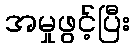
အမှုဖွင့်ပြီး